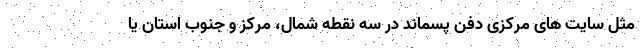
مثل سایت های مرکزی دفن پسماند در سه نقطه شمال، مرکز و جنوب استان یا